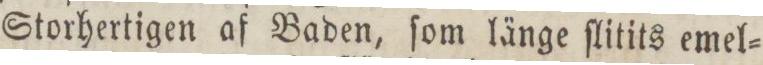
Storhertigen af Baden, ſom länge ſlitits emel=